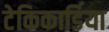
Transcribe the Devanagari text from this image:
टेकिकार्डिया